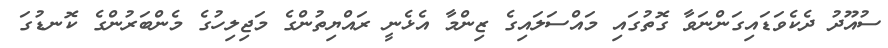
ސުއޫދު ދެކެވަޑައިގަންނަވާ ގޮތުގައި މައްސަލައިގެ ޒިންމާ އެޅެނީ ރައްޔިތުންގެ މަޖިލިހުގެ މެންބަރުންގެ ކޮނޑުގަ